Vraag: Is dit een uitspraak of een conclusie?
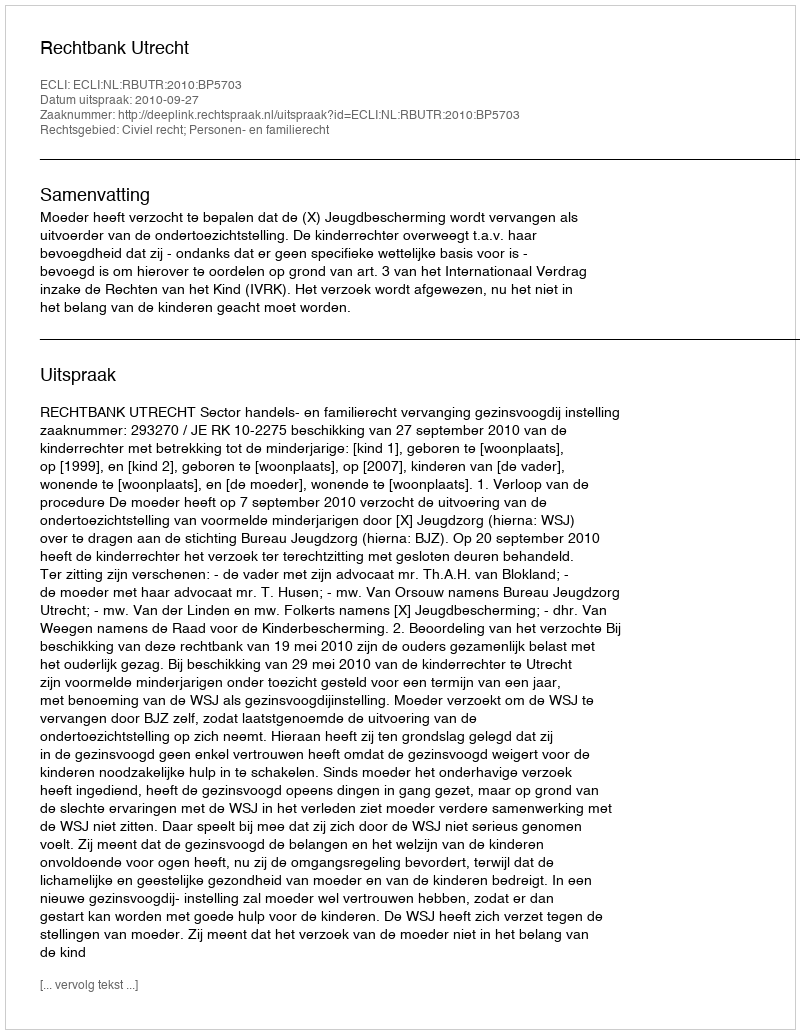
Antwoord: Uitspraak